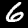
Label: 6